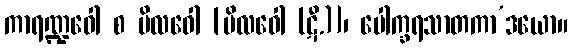
ကာရဏ္ဍဝေါ စ ပိလဝေါ [ဗိလဝေါ (ဋီ.)]၊ ပေါက္ခရသာတကာ’ဒယော။